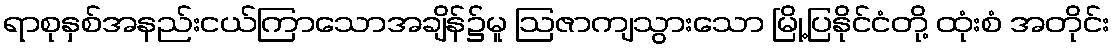
ရာစုနှစ်အနည်းငယ်ကြာသောအချိန်၌မူ ဩဇာကျသွားသော မြို့ပြနိုင်ငံတို့ ထုံးစံ အတိုင်း